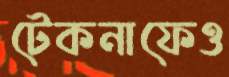
টেকনাফেও